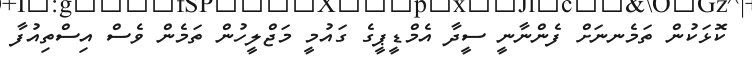
ކޮޅަކުން ތަމެނނަށް ފެންނާނީ ސީދާ އެމްޑީޕީގެ ގައުމީ މަޖްލީހުން ތަމެން ވެސް އިސްތިއުފާ